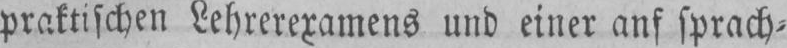
praktischen Lehrerexamens und einer anf sprach⸗